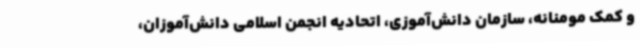
و کمک مومنانه، سازمان دانش‌آموزی، اتحادیه انجمن اسلامی دانش‌آموزان،